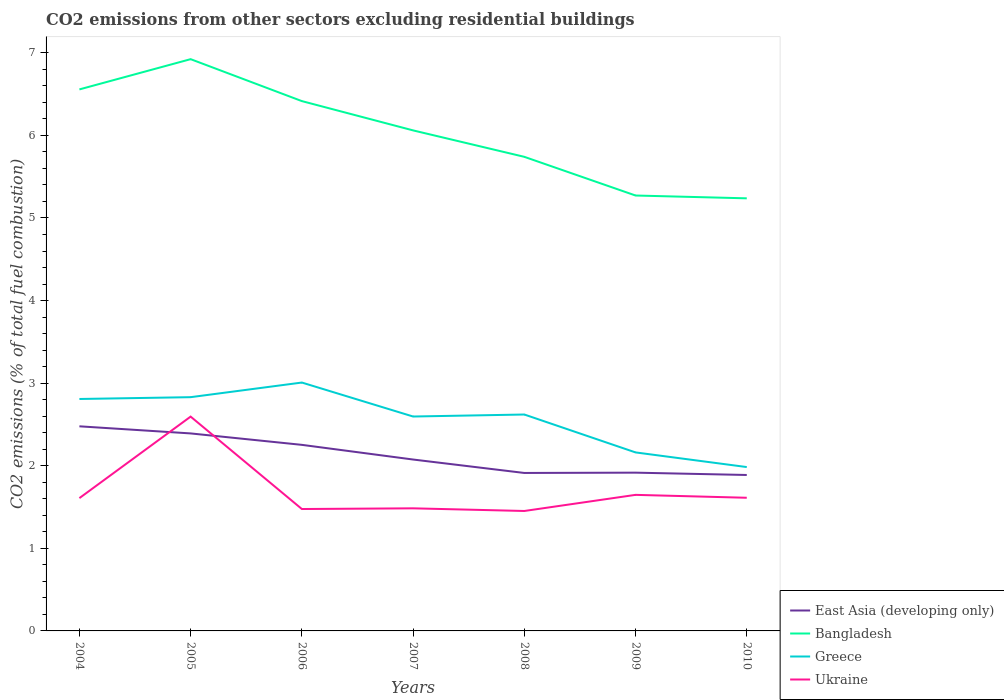
| Years | East Asia (developing only) | Bangladesh | Greece | Ukraine |
 | --- | --- | --- | --- | --- |
 | 2004 | 2.48 | 6.56 | 2.81 | 1.61 |
 | 2005 | 2.39 | 6.92 | 2.83 | 2.59 |
 | 2006 | 2.25 | 6.42 | 3.01 | 1.48 |
 | 2007 | 2.08 | 6.06 | 2.6 | 1.48 |
 | 2008 | 1.91 | 5.74 | 2.62 | 1.45 |
 | 2009 | 1.92 | 5.27 | 2.16 | 1.65 |
 | 2010 | 1.89 | 5.24 | 1.98 | 1.61 |